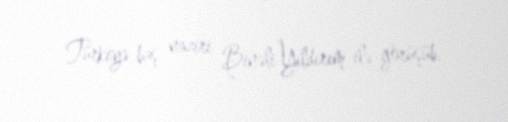
Türkiyə baş naziri Binəli Yıldırım ilə görüşüb.